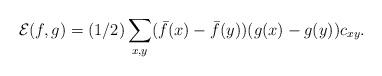
LaTeX: \begin{gather*}{\mathcal E}(f, g)=(1/2)\sum\limits_{x,y} (\bar f(x)-\bar f(y))(g(x)-g(y))c_{xy}.\end{gather*}